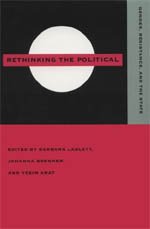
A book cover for Rethinking the Political: Gender, Resistance, and the State; Gay & Lesbian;